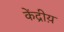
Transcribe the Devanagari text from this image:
केंद्रीय़